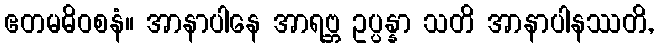
ဧတမဓိဝစနံ။ အာနာပါနေ အာရဗ္ဘ ဥပ္ပန္နာ သတိ အာနာပါနဿတိ,